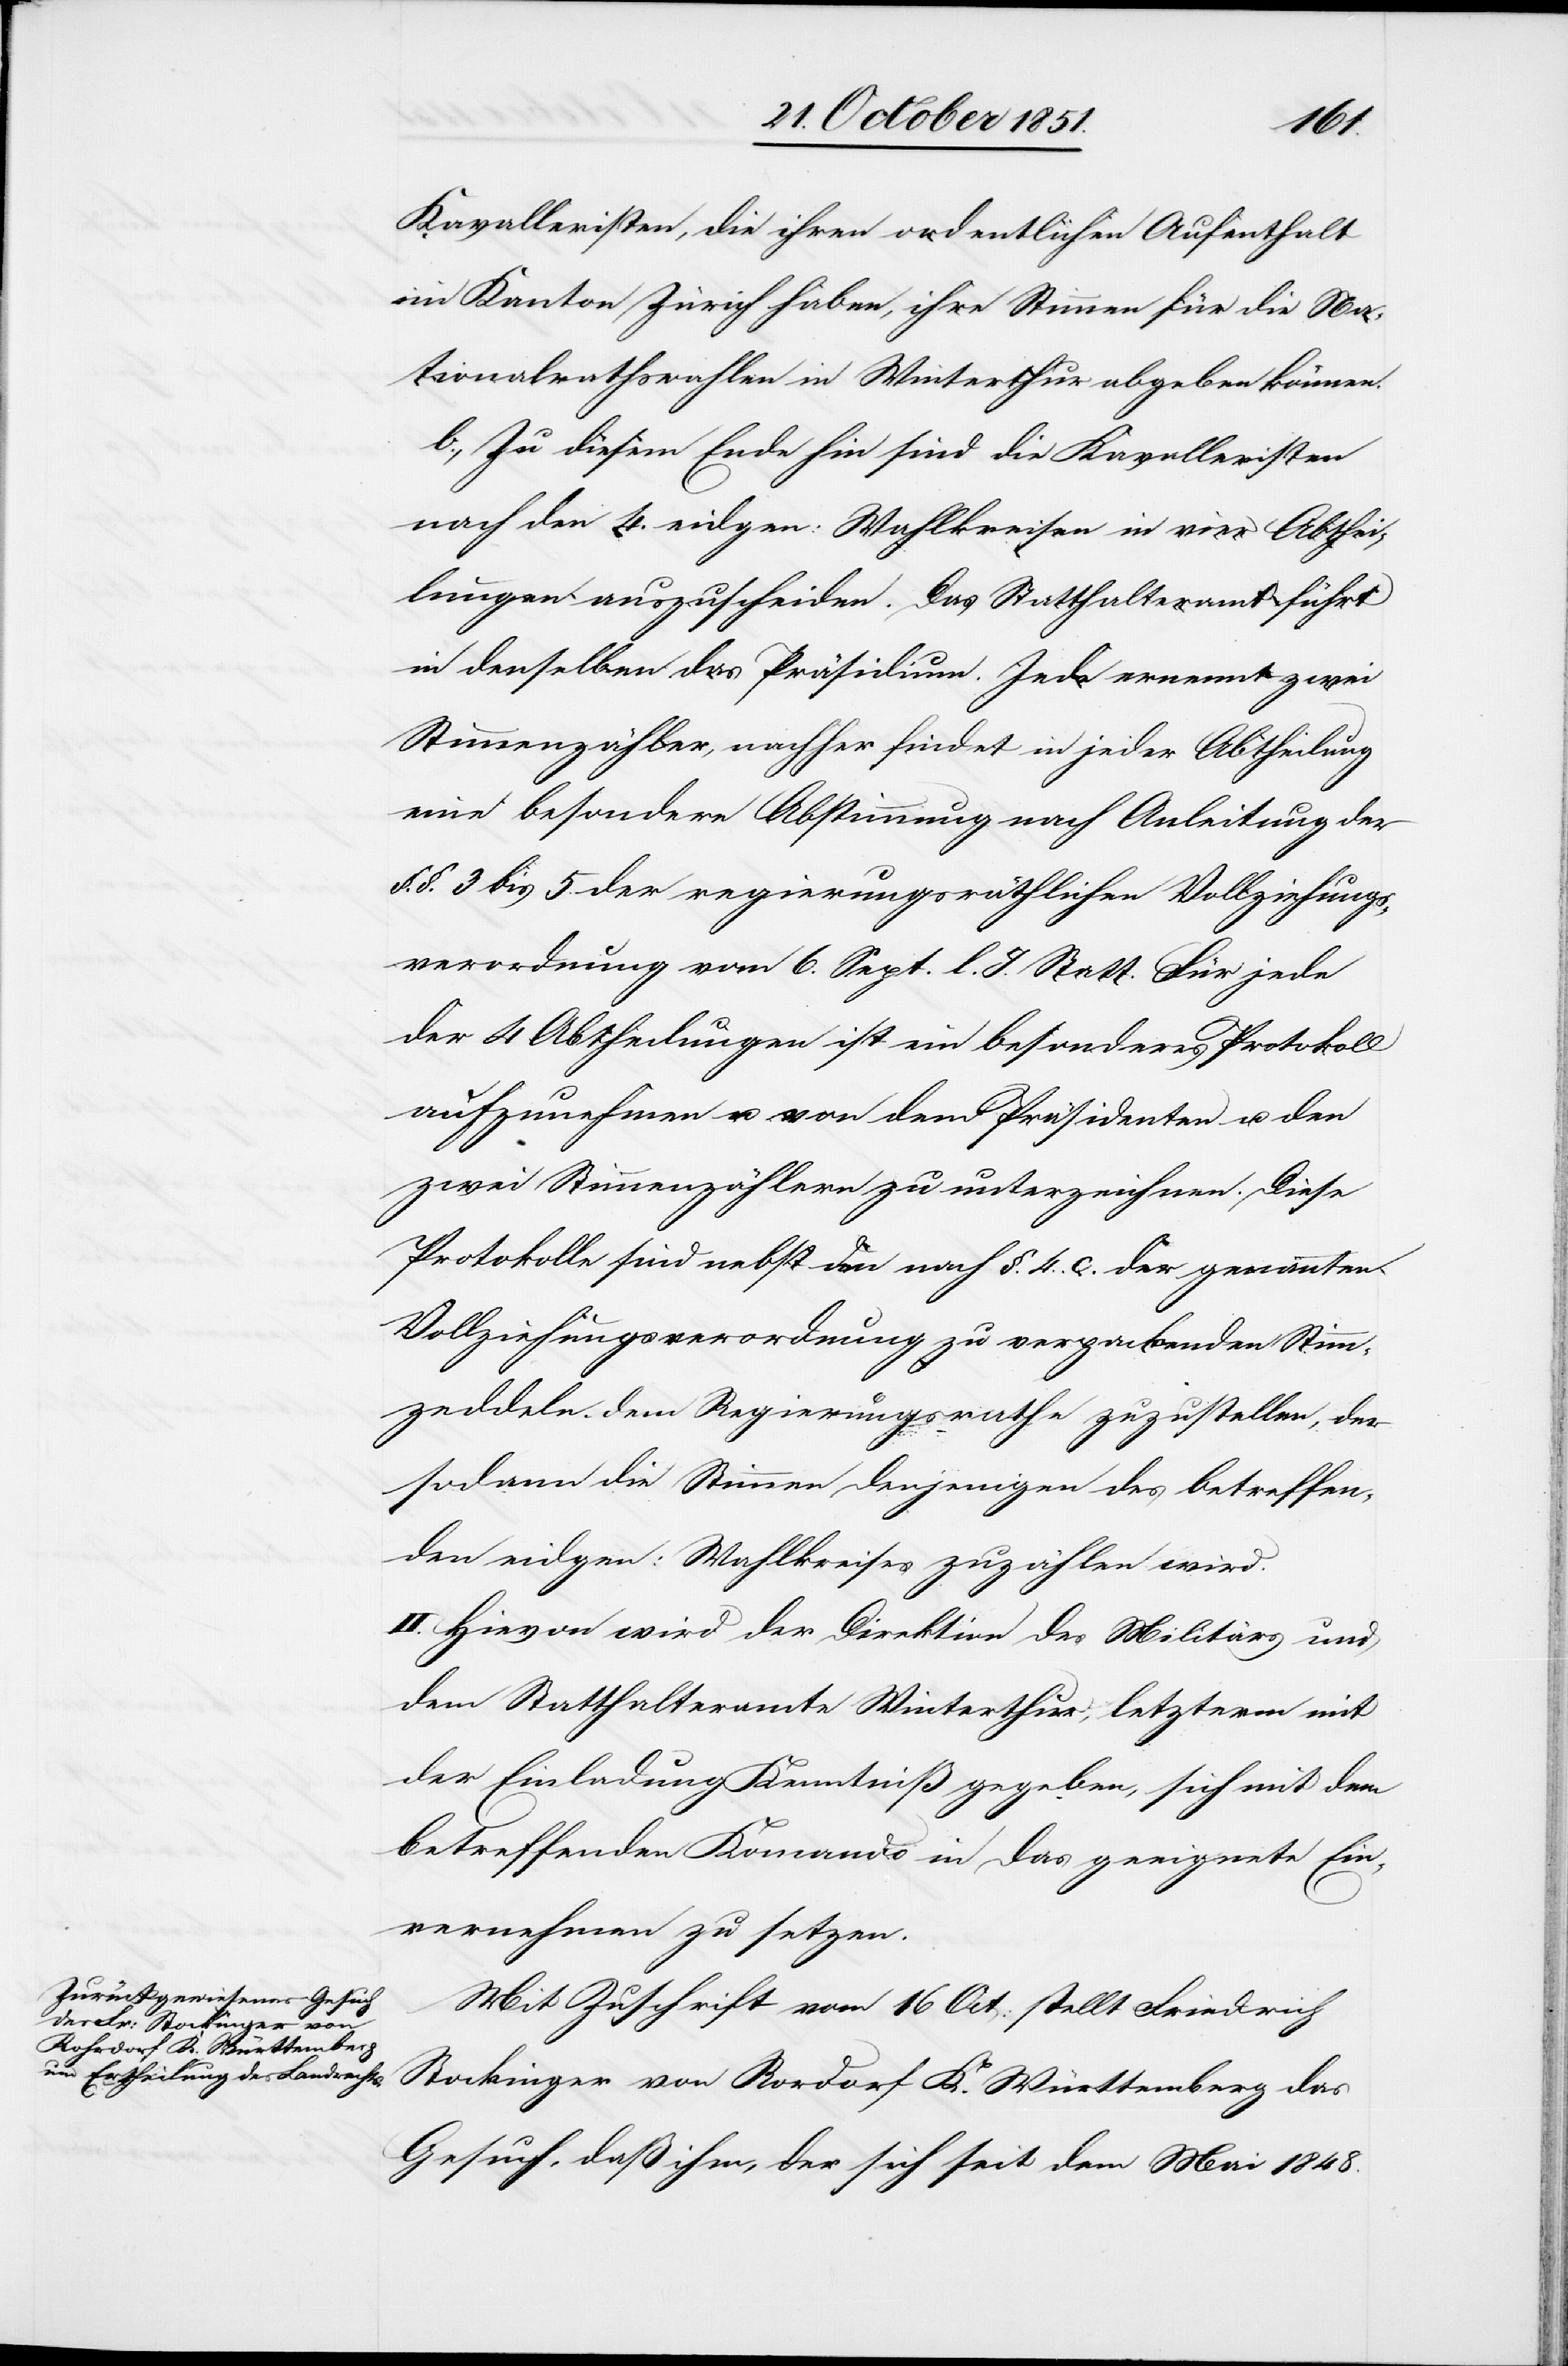
Kavalleristen, die ihren ordentlichen Aufenthalt
im Kanton Zürich haben, ihre Stimmen für die Na¬
tionalrathswahlen in Winterthur abgeben können.
b., Zu diesem Ende hin sind die Kavalleristen
nach den 4. eidgen: Wahlkreisen in vier Abthei¬
lungen auszuscheiden. Das Statthalteramt führt
in denselben das Präsidium. Jede ernennt zwei
Stimmenzähler, nachher findet in jeder Abtheilung
eine besondere Abstimmung nach Anleitung der
§. §. 3 bis 5. der regierungsräthlichen Vollziehungs¬
verordnung vom 6. Sept. l. J. Statt. Für jede
der 4 Abtheilungen ist ein besonderes Protokoll
aufzunehmen u. von dem Präsidenten u. den
zwei Stimmenzählern zu unterzeichnen. Diese
Protokolle sind nebst den nach §. 4. c. der genannten
Vollziehungsverordnung zu verpackenden Stimm¬
zeddeln dem Regierungsrathe zuzustellen, der
sodann die Stimmen denjenigen des betreffen¬
den eidgen: Wahlkreises zuzählen wird.
II. Hievon wird der Direktion des Militärs und
dem Statthalteramte Winterthur, letzterm mit
der Einladung Kenntniß gegeben, sich mit dem
betreffenden Kom[m]ando in das geeignete Ein¬
vernehmen zu setzen.
Mit Zuschrift vom 16 Oct: stellt Friedrich
Stockinger von Rordorf K. Württemberg das
Gesuch, daß ihm, der sich seit dem Mai 1848.